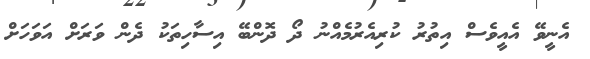
އެނީވޭ އެއީވެސް އިތުރު ކުރިއެރުމެއްނު ދޯ ދޮންބޭ އިސާހިތަކު ދެން ވަރަށް އަވަހަށް